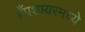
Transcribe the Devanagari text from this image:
हँपशायरमध्ये